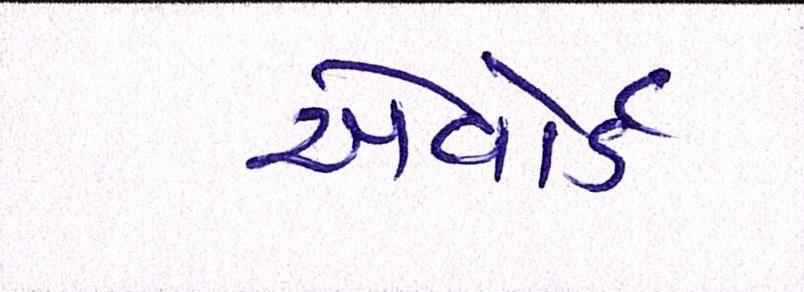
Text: એવૉર્ડ